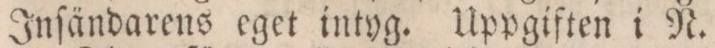
Inſändarens eget intyg. Uppgiften i N.